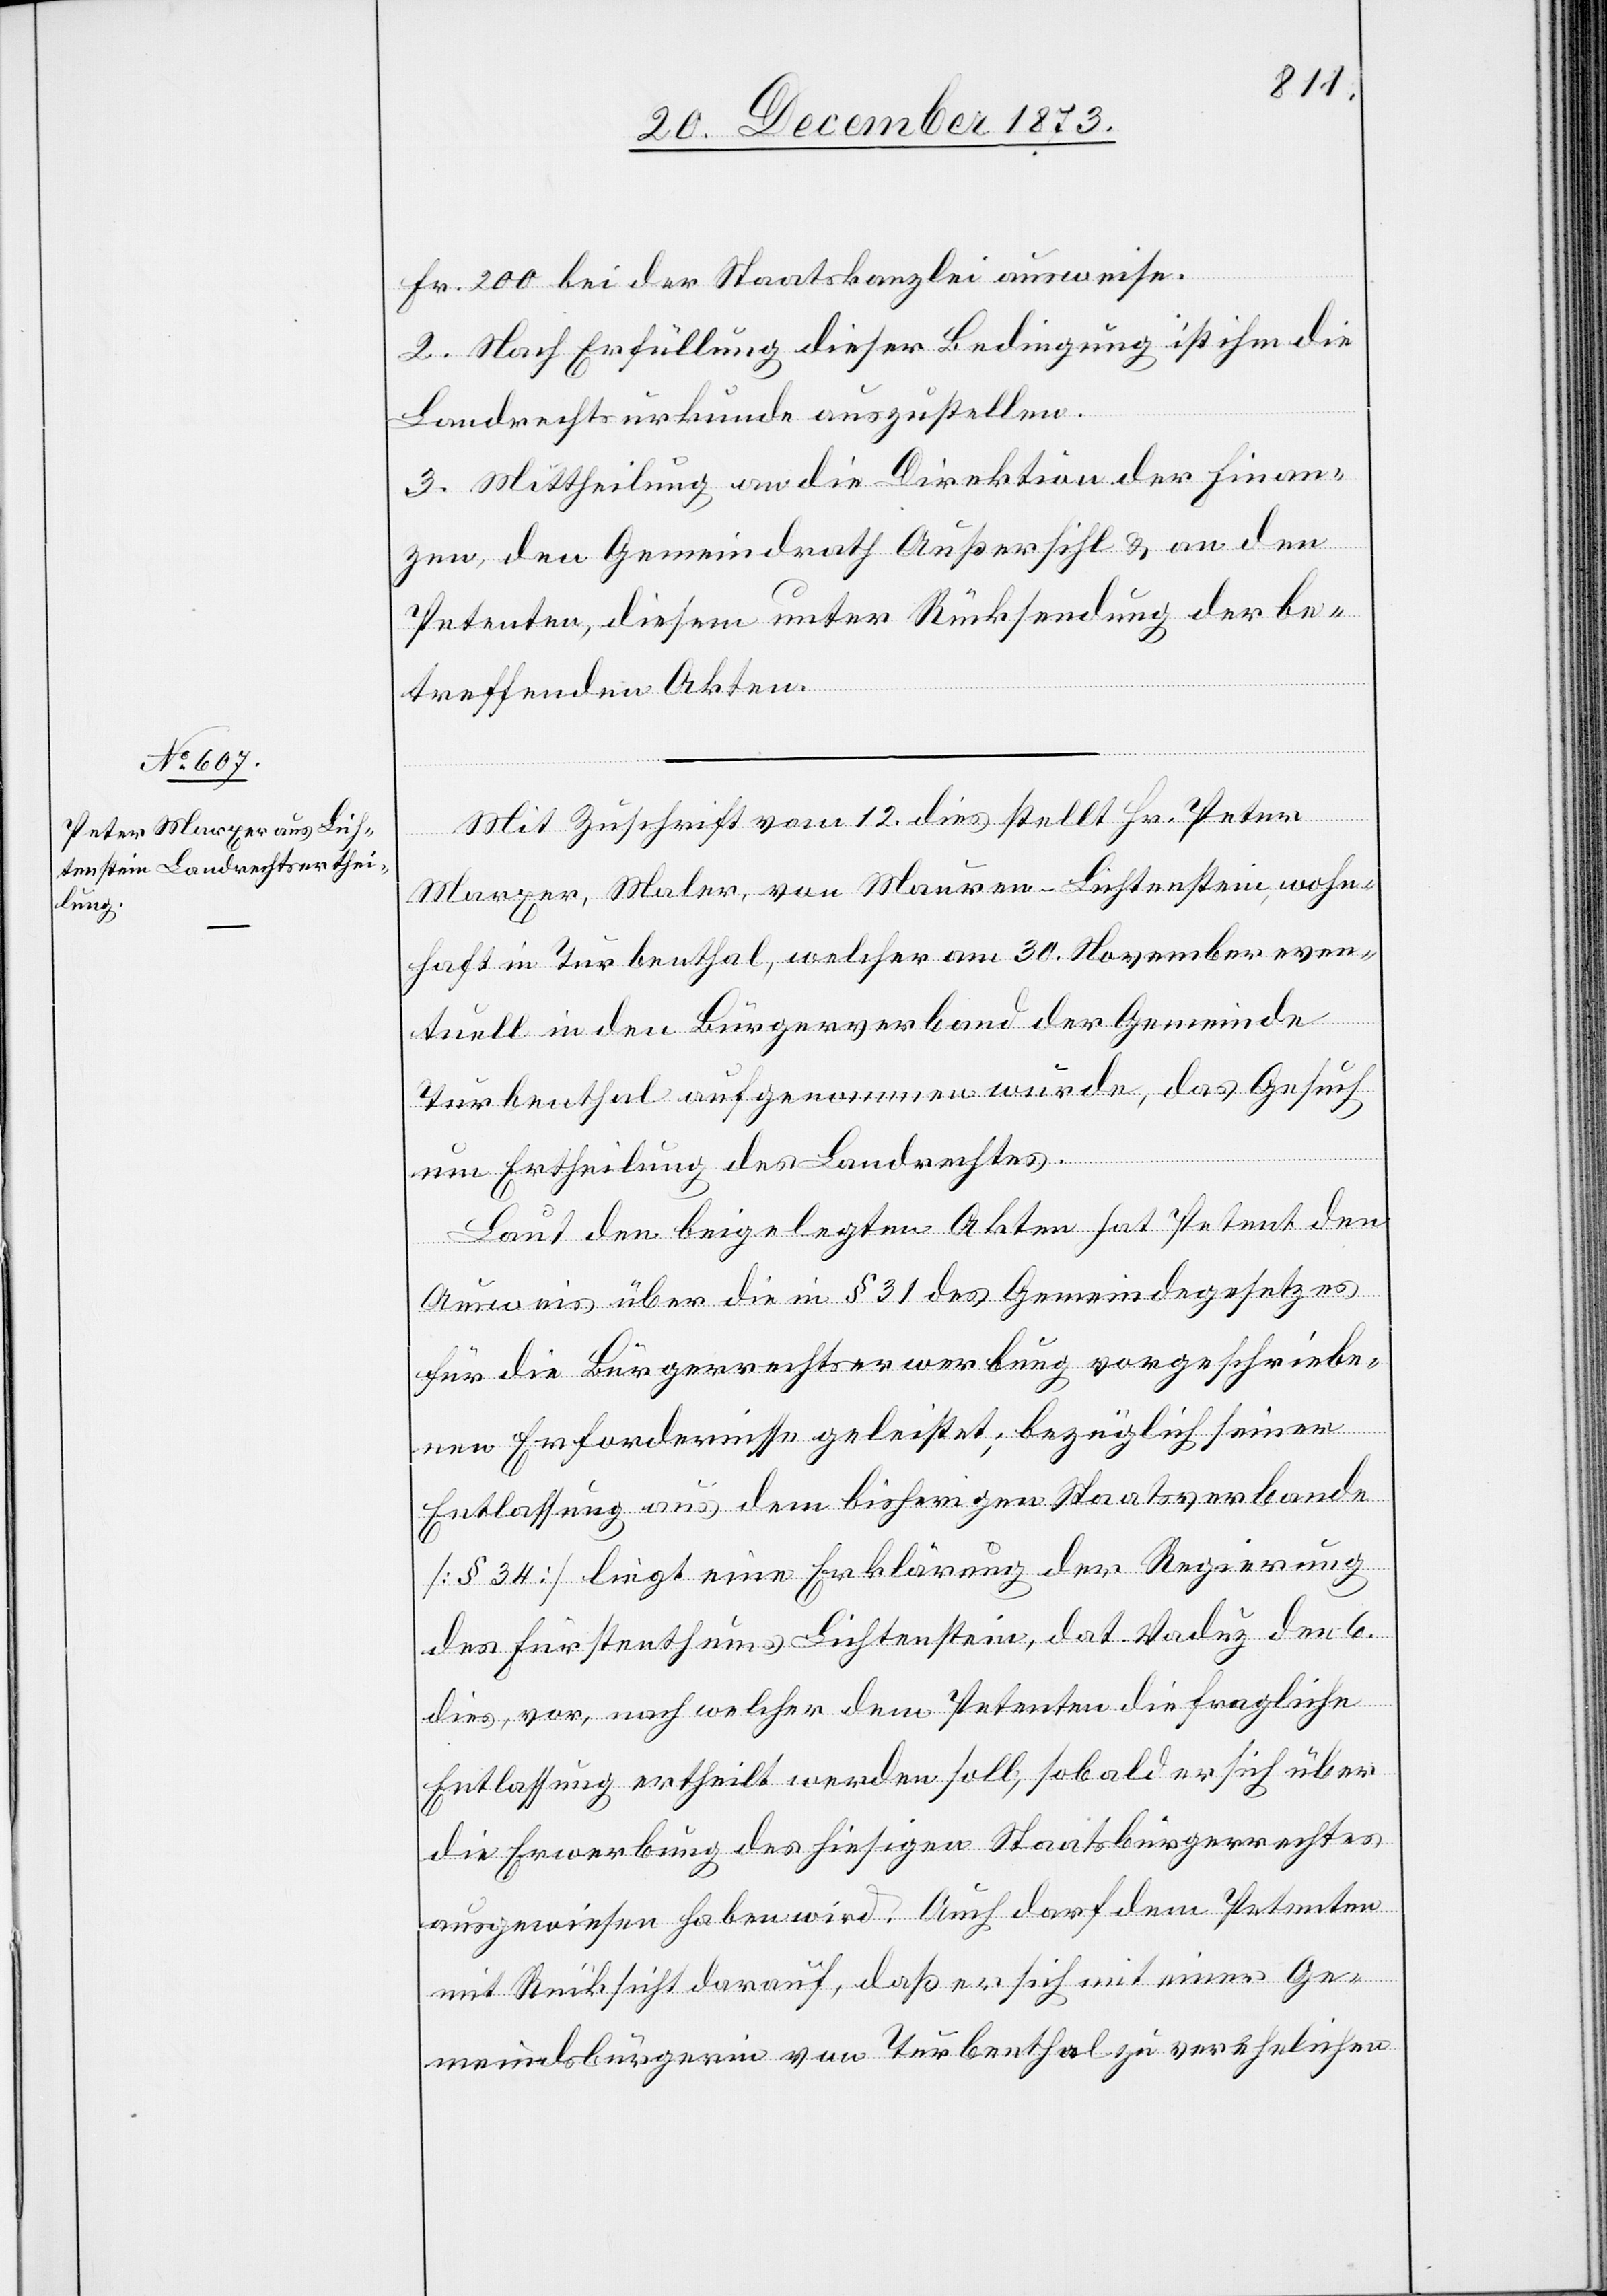
Fr. 200 bei der Staatskanzlei ausweise.
2. Nach Erfüllung dieser Bedingung ist ihm die
Landrechtsurkunde auszustellen.
3. Mittheilung an die Direktion der Finan¬
zen, den Gemeindrath Außersihl & an den
Petenten, diesem unter Rücksendung der be¬
treffenden Akten.